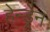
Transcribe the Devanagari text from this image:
हेन्ड्रेन